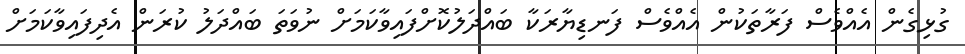
ގުޅިގެން އެއްވެސް ފަރާތަކުން އެއްވެސް ފަނޑިޔާރަކާ ބައްދަލުކޮށްފައިވާކަމަށް ނުވަތަ ބައްދަލު ކުރަން އެދިފައިވާކަމަށް